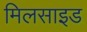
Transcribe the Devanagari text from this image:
मिलसाइड